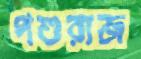
পশুরাজ